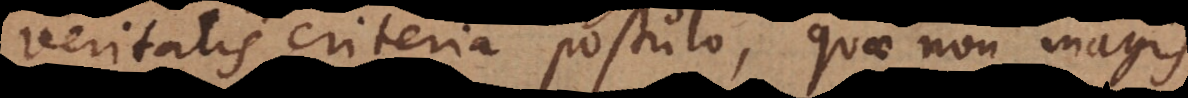
veritatis criteria postulo, quae non magis